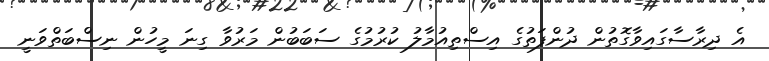
އެ ދިރާސާގައިވާގޮތުން ދުންފަތުގެ އިސްތިއުމާލު ކުރުމުގެ ސަބަބުން މަރުވާ ގިނަ މީހުން ނިސްބަތްވަނީ